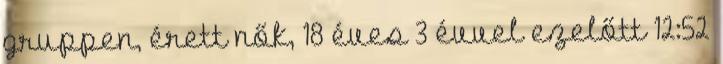
gruppen, érett nők, 18 éves 3 évvel ezelőtt 12:52